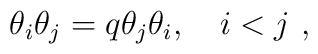
\theta_i \theta_j=q \theta_j \theta_i,~~~i < j~,